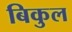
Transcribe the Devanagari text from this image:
बिकुल